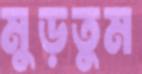
মুড়তুম